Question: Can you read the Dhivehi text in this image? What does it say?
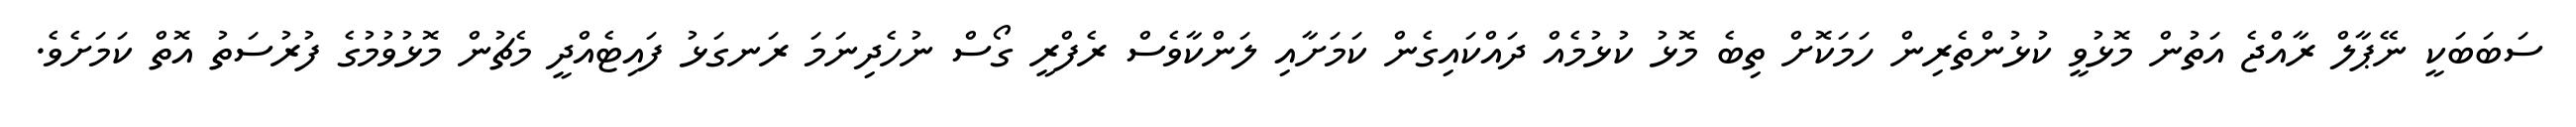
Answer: ސަބަބަކީ ނޭޕާލް ރާއްޖެ އަތުން މޮޅުވީ ކުޅުންތެރިން ހަމަކޮށް ތިބެ މޮޅު ކުޅުމެއް ދައްކައިގެން ކަމަށާއި ލަންކާވެސް ރެފްރީ ގޯސް ނުހެދިނަމަ ރަނގަޅު ފައިޓެއްދީ މެޗުން މޮޅުވުމުގެ ފުރުސަތު އޮތް ކަމަށެވެ.